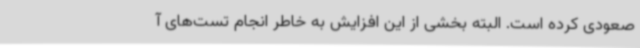
صعودی کرده است. البته بخشی از این افزایش به‌ خاطر انجام تست‌های آ